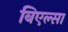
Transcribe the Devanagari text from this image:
बिएल्सा